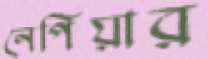
নেপিয়ার